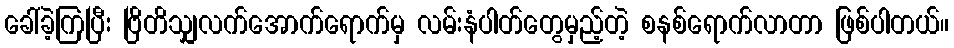
ခေါ်ခဲ့ကြပြီး ဗြိတိသျှလက်အောက်ရောက်မှ လမ်းနံပါတ်တွေမှည့်တဲ့ စနစ်ရောက်လာတာ ဖြစ်ပါတယ်။